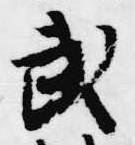
武